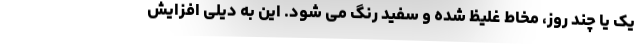
یک یا چند روز، مخاط غلیظ شده و سفید رنگ می شود. این به دیلی افزایش